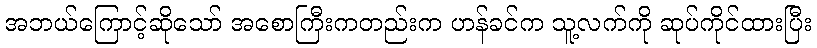
အဘယ်ကြောင့်ဆိုသော် အစောကြီးကတည်းက ဟန်ခင်က သူ့လက်ကို ဆုပ်ကိုင်ထားပြီး